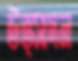
উত্সাদন